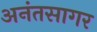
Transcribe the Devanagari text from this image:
अनंतसागर